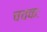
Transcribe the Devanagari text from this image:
चचकः